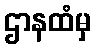
ဌာနထံမှ